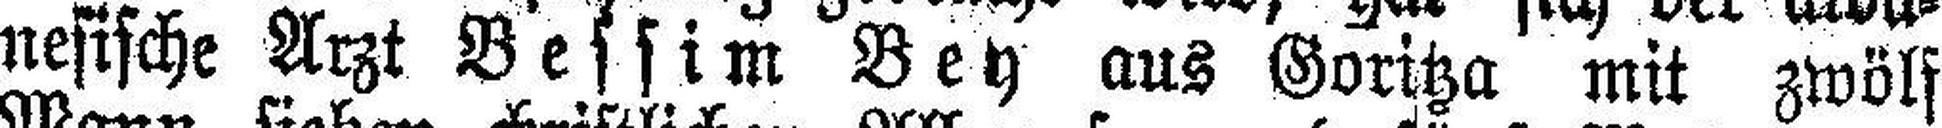
nesische Arzt Bessim Bey aus Goritza mit zwölf